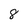
Character: 8